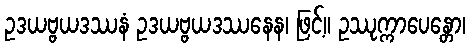
ဥဒယဗ္ဗယဒဿနံ ဥဒယဗ္ဗယဒဿနေန၊ ဖြင့်။ ဥဿုက္ကာပေန္တော၊